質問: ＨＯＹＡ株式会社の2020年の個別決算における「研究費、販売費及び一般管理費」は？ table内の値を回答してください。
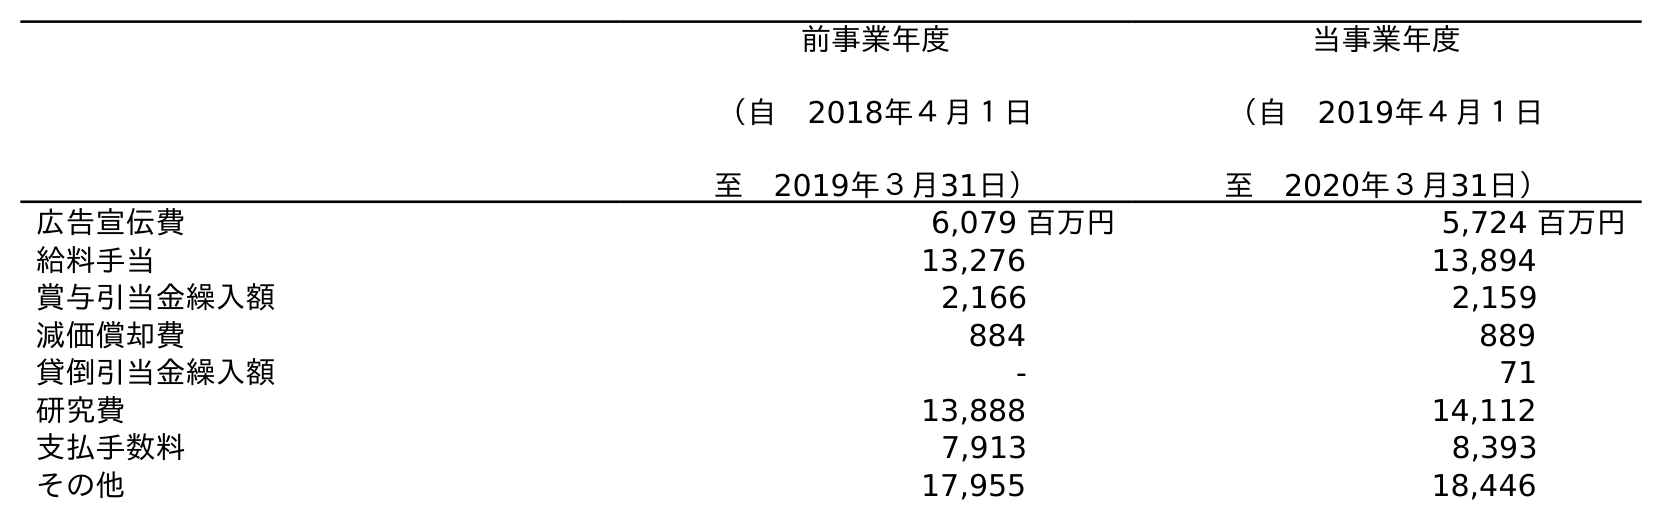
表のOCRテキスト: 前事業年度 （自 2018年４月１日 至 2019年３月31日） 当事業年度 （自 2019年４月１日 至 2020年３月31日） 広告宣伝費 6,079 百万円 5,724 百万円 給料手当 13,276 13,894 賞与引当金繰入額 2,166 2,159 減価償却費 884 889 貸倒引当金繰入額 - 71 研究費 13,888 14,112 支払手数料 7,913 8,393 その他 17,955 18,446
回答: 14,112